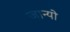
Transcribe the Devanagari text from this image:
जान्यो